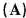
(A)